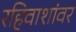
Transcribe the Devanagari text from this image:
रहिवाशांवर